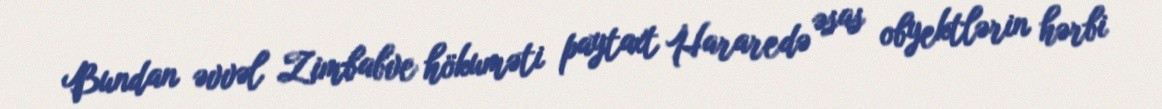
Bundan əvvəl Zimbabve hökuməti paytaxt Hararedə əsas obyektlərin hərbi